Regulations for the medical services of the Army of India
Year: 1930
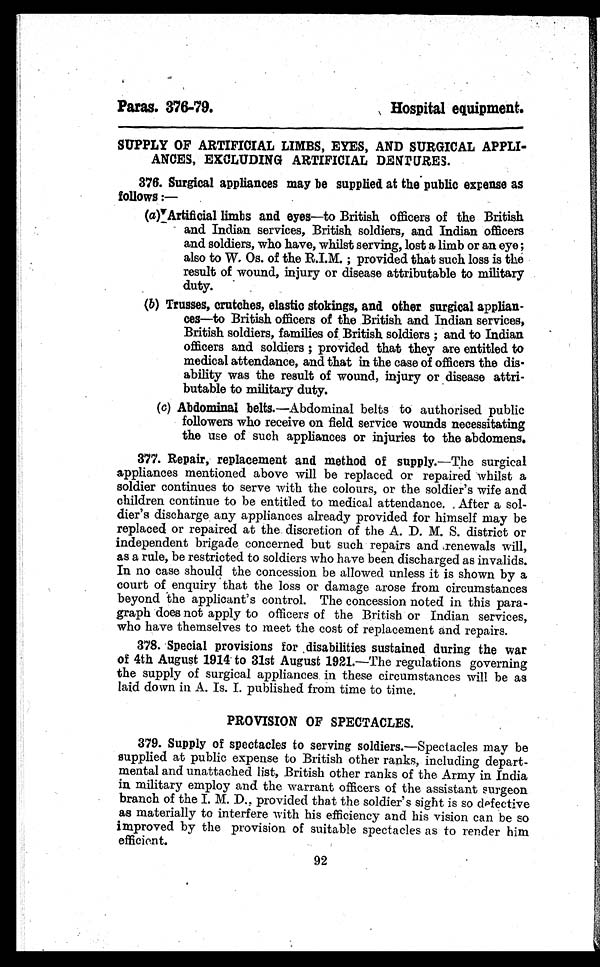
Paras. 376-79.
Hospital equipment.
SUPPLY OF ARTIFICIAL LIMBS, EYES, AND SURGICAL APPLI-
ANCES, EXCLUDING ARTIFICIAL DENTURES.
376. Surgical appliances may be supplied at the public expense as
follows :—
(a) Artificial limbs and eyes —to British officers of the British
and Indian services, British soldiers, and Indian officers
and soldiers, who have, whilst serving, lost a limb or an eye;
also to W. Os. of the R.I.M.; provided that such loss is the
result of wound, injury or disease attributable to military
duty.
(b) Trusses, crutches, elastic stokings, and other surgical applian-
ces—to British officers of the British and Indian services,
British soldiers, families of British soldiers; and to Indian
officers and soldiers; provided that they are entitled to
medical attendance, and that in the case of officers the dis-
ability was the result of wound, injury or disease attri-
butable to military duty.
(c) Abdominal belts. —Abdominal belts to authorised public
followers who receive on field service wounds necessitating
the use of such appliances or injuries to the abdomens.
377. Repair, replacement and method of supply. —The surgical
appliances mentioned above will be replaced or repaired whilst
a s o l d i e r c o n t i n u e s t o s e r v e w i t h t h e c o l o u r s , o r t h e s o l d i e r ' s w i f e a n d
children continue to be entitled to medical attendance. After a sol-
dier's discharge any appliances already provided for himself may be
replaced or repaired at the discretion of the A. D. M. S. district or
independent brigade concerned but such repairs and renewals will,
as a rule, be restricted to soldiers who have been discharged as invalids.
In no case should the concession be allowed unless it is shown by a
court of enquiry that the loss or damage arose from circumstances
beyond the applicant's control. The concession noted in this para-
graph does not apply to officers of the British or Indian services,
who have themselves to meet the cost of replacement and repairs.
378. Special provisions for disabilities sustained during the war
of 4th August 1914 to 31st August 1921.—The regulations governing
the supply of surgical appliances in these circumstances will be as
laid down in A. Is. I. published from time to time.
PROVISION OF SPECTACLES.
379. Supply of spectacles to serving soldiers. —Spectacles may be
supplied at public expense to British other ranks, including depart-
mental and unattached list, British other ranks of the Army in India
in military employ and the warrant officers of the assistant surgeon
branch of the I. M. D., provided that the soldier's sight is so defective
as materially to interfere with his efficiency and his vision can be so
improved by the provision of suitable spectacles as to render him
efficient.
92